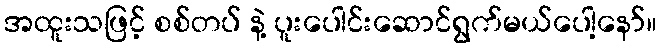
အထူးသဖြင့် စစ်တပ် နဲ့ ပူးပေါင်းဆောင်ရွက်မယ်ပေါ့နော်။